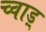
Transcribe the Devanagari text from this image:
च्वाड़्